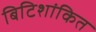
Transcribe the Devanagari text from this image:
बिटिशांकित